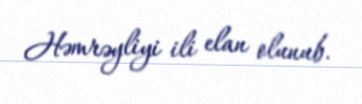
Həmrəyliyi ili elan olunub.